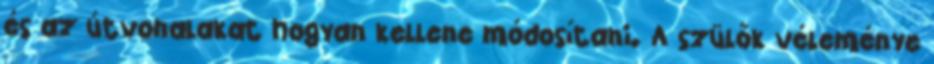
és az útvonalakat hogyan kellene módosítani. A szülők véleménye